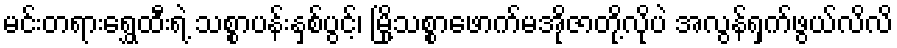
မင်းတရားရွှေထီးရဲ့ သစ္စာပန်းနှစ်ပွင့်၊ မြို့သစ္စာဖောက်မအိုဇာတို့လိုပဲ အလွန်ရှက်ဖွယ်လိလိ